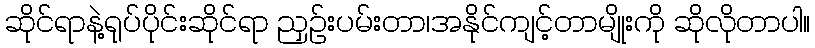
ဆိုင်ရာနဲ့ရုပ်ပိုင်းဆိုင်ရာ ညှဉ်းပမ်းတာ၊အနိုင်ကျင့်တာမျိုးကို ဆိုလိုတာပါ။